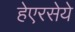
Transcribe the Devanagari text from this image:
हेएरसेये